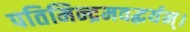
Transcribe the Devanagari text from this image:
पतिमिन्द्रमवद्धर्यन्।